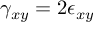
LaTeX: \gamma _ { x y } = 2 \epsilon _ { x y }